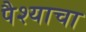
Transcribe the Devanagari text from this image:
पैश्याचा